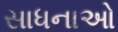
સાધનાઓ